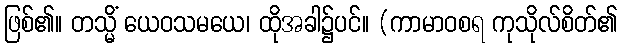
ဖြစ်၏။ တသ္မိံ ယေဝသမယေ၊ ထိုအခါ၌ပင်။ (ကာမာဝစရ ကုသိုလ်စိတ်၏